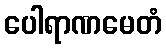
ပေါရာဏမေတံ